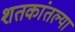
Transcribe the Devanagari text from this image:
शतकांतल्या